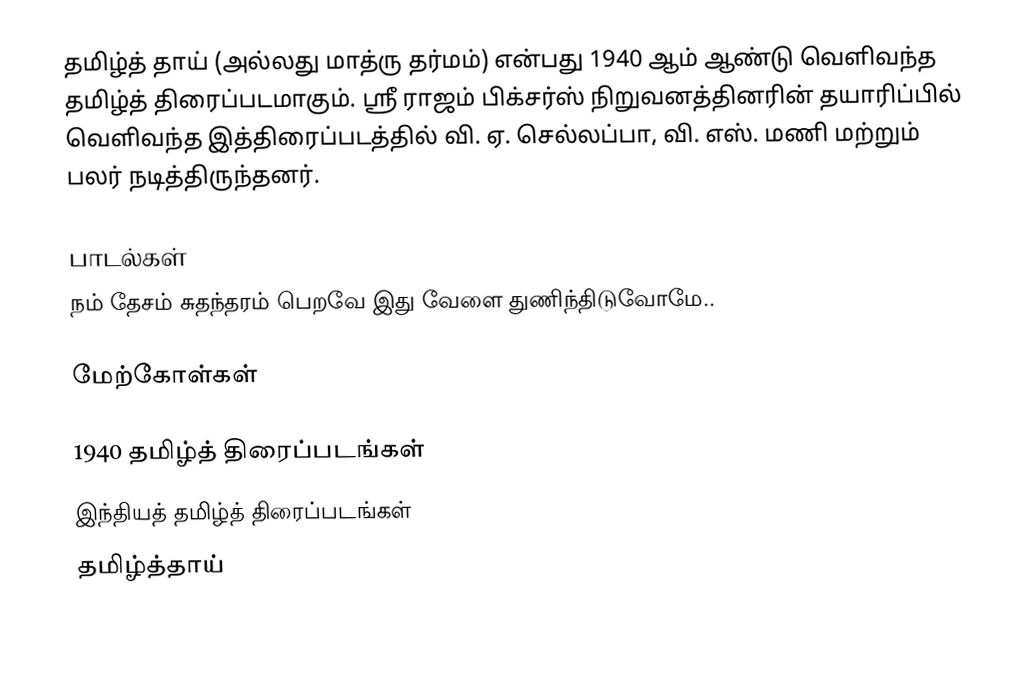
தமிழ்த் தாய் (அல்லது மாத்ரு தர்மம்) என்பது 1940 ஆம் ஆண்டு வெளிவந்த தமிழ்த் திரைப்படமாகும். ஸ்ரீ ராஜம் பிக்சர்ஸ் நிறுவனத்தினரின் தயாரிப்பில் வெளிவந்த இத்திரைப்படத்தில் வி. ஏ. செல்லப்பா, வி. எஸ். மணி மற்றும் பலர் நடித்திருந்தனர்.

பாடல்கள்
நம் தேசம் சுதந்தரம் பெறவே இது வேளை துணிந்திடுவோமே..

மேற்கோள்கள்

1940 தமிழ்த் திரைப்படங்கள்
இந்தியத் தமிழ்த் திரைப்படங்கள்
தமிழ்த்தாய்